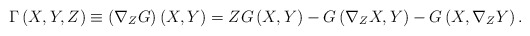
\begin{align*}\Gamma \left( X,Y,Z\right) \equiv \left( \nabla _{Z}G\right) \left(X,Y\right) =ZG\left( X,Y\right) -G\left( \nabla _{Z}X,Y\right) -G\left(X,\nabla _{Z}Y\right) . \end{align*}